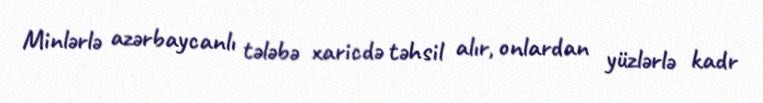
Minlərlə azərbaycanlı tələbə xaricdə təhsil alır, onlardan yüzlərlə kadr